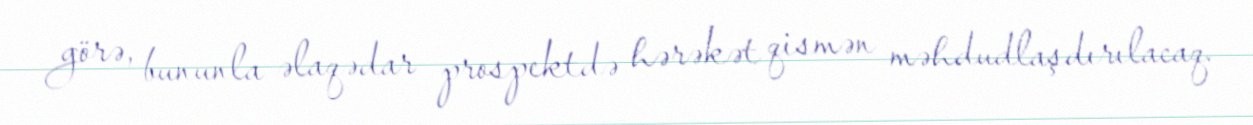
görə, bununla əlaqədar prospektdə hərəkət qismən məhdudlaşdırılacaq.